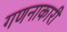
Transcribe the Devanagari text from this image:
गणनाकारी